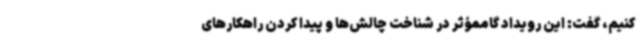
کنیم، گفت: این رویداد گاممؤثر در شناخت چالش‌ها و پیدا کردن راهکارهای